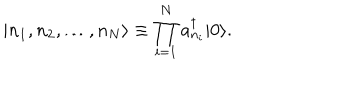
| n _ { 1 } , n _ { 2 } , \dots , n _ { N } \rangle \equiv \prod _ { i = 1 } ^ { N } a _ { n _ { i } } ^ { \dagger } | 0 \rangle .